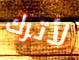
لأترك